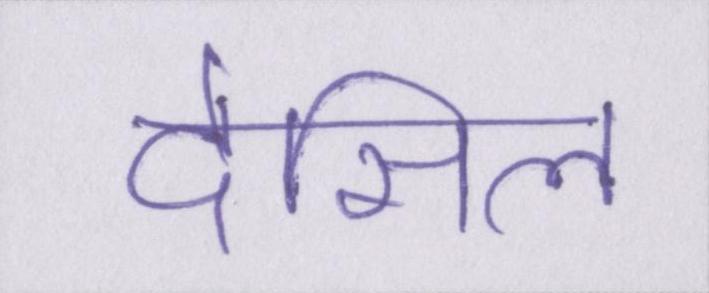
देसिल